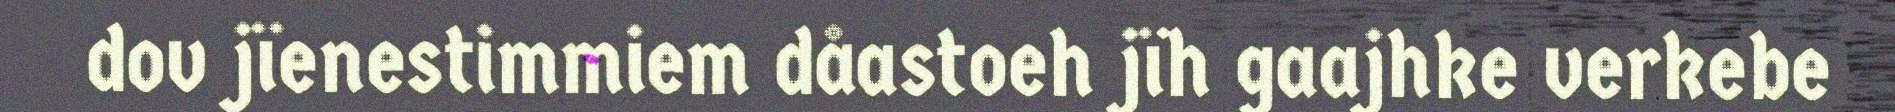
dov jïenestimmiem dåastoeh jïh gaajhke verkebe